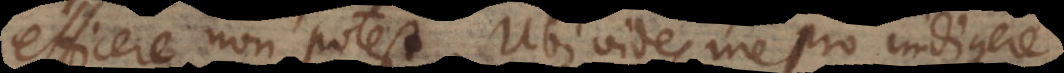
efficere non potest. Ubi vides me pro indigere